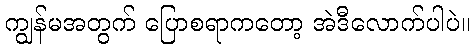
ကျွန်မအတွက် ပြောစရာကတော့ အဲဒီလောက်ပါပဲ။